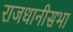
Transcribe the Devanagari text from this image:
राजधानीसभा